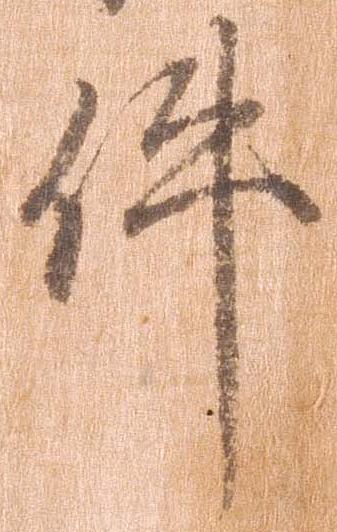
件